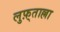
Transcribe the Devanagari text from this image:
लुफ़्ताल्ला